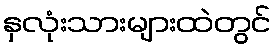
နှလုံးသားများထဲတွင်